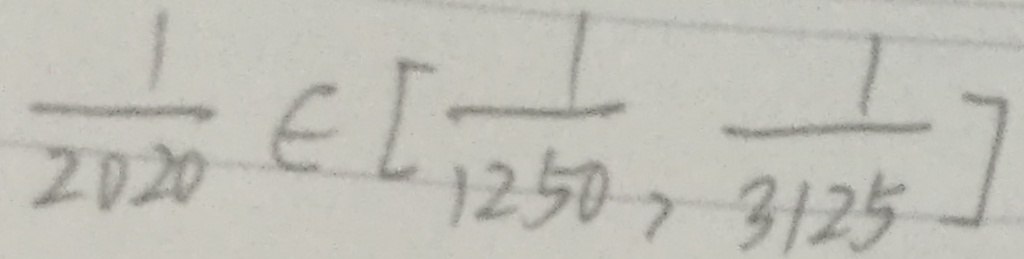
\frac { 1 } { 2 0 2 0 } \in [ \frac { 1 } { 1 2 5 0 } , \frac { 1 } { 3 1 2 5 } ]